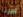
امرنا